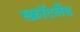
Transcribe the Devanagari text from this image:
स्क़ॉटलैंड